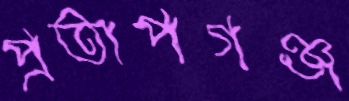
প্রতাপগঞ্জ